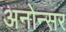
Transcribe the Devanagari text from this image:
अनोन्सर